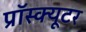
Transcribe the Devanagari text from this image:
प्रॉस्क्यूटर